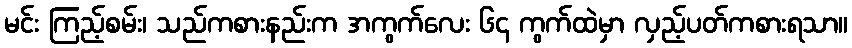
မင်း ကြည့်စမ်း၊ သည်ကစားနည်းက အကွက်လေး ၆၄ ကွက်ထဲမှာ လှည့်ပတ်ကစားရသာ။